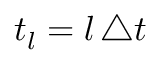
t _ { l } = l \, \triangle t